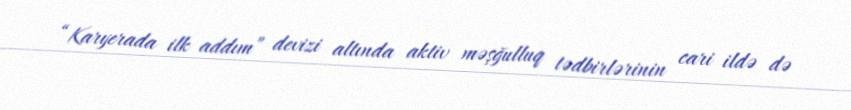
“Karyerada ilk addım” devizi altında aktiv məşğulluq tədbirlərinin cari ildə də